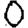
Digit: 0